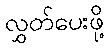
လွှတ်ပေးဖို့